Report on malaria in the Punjab during the year ...  together with an account of the work of the Punjab Malaria Bureau - Volume 5
Disease focus: Malaria
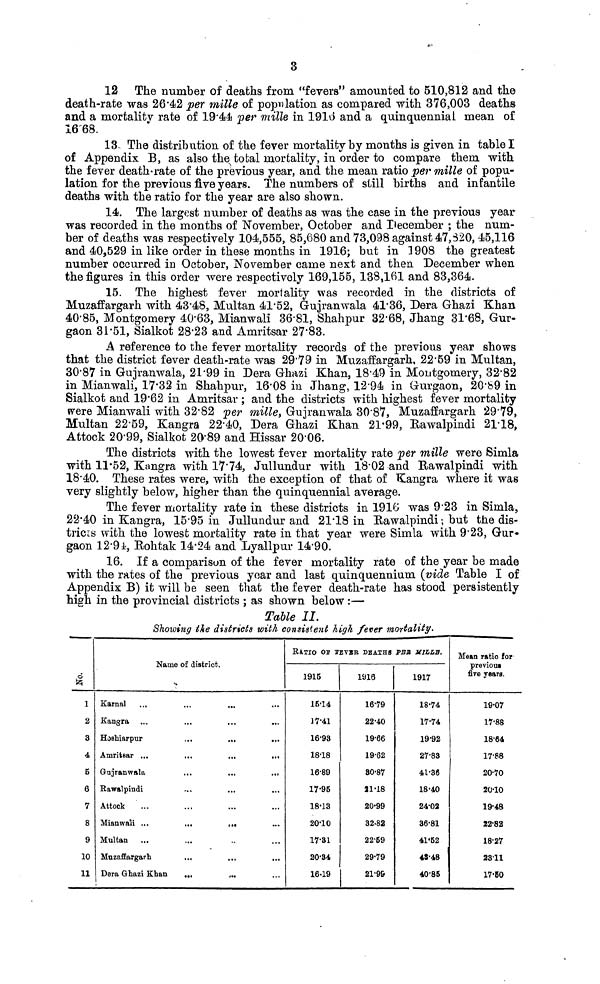
12 The number of deaths from "fevers" amounted to 510,812 and the
death-rate was 26.42 per mille of population as compared with 376,003 deaths
and a mortality rate of 19.44 per mille in 1916 and a quinquennial mean of
1668.
13.. The distribution of the fever mortality by months is given in table I
of Appendix B, as also the total mortality, in order to compare them with
the fever death-rate of the previous year, and the mean ratio per mille of popu-
lation for the previous five years. The numbers of still births and infantile
deaths with the ratio for the year are also shown.
14. The largest number of deaths as was the case in the previous year
was recorded in the months of November, October and December ; the num-
ber of deaths was respectively 104,555, 85,680 and 73,098 against 47,320, 45,116
and 40,529 in like order in these months in 1916; but in 1908 the greatest
number occurred in October, November came next and then December when
the figures in this order were respectively 169,155, 138,161 and 83,364.
15. The highest fever mortality was recorded in the districts of
Muzaffargarh with 43.48, Multan 41.52, Gujranwala 41.36, Dera Ghazi Khan
40.85, Montgomery 40.63, Mianwali 36.81, Shahpur 32.68, Jhang 31.68, Gur-
gaon 31.51, Sialkot 28.23 and Amritsar 27.83.
A reference to the fever mortality records of the previous year shows
that the district fever death-rate was 29.79 in Muzaffargarh, 22.59 in Multan,
30.87 in Gujranwala, 21.99 in Dera Ghazi Khan, 18.49 in Montgomery, 32.82
in Mianwali, 17.32 in Shahpur, 16.08 in Jhang, 1294 in Gurgaon, 20.89 in
Sialkot and 19.62 in Amritsar ; and the districts with highest fever mortality
were Mianwali with 32.82 per mille, Gujranwala 30.87, Muzaffargarh 29.79,
Multan 22.59, Kangra 22.40, Dera Ghazi Khan 21.99, Rawalpindi 21.18,
Attock 20.99, Sialkot 20.89 and Hissar 20.06.
The districts with the lowest fever mortality rate per mille were Simla
with 11.52, Kangra with 17.74, Jullundur with 18.02 and Rawalpindi with
18.40. These rates were, with the exception of that of Kangra where it was
very slightly below, higher than the quinquennial average.
The fever mortality rate in these districts in 1916 was 9.23 in Simla,
22.40 in Kangra, 15.95 in Jullundur and 21.18 in Rawalpindi ; but the dis-
trics with the lowest mortality rate in that year were Simla with 9.23, Gur-
gaon 12.94, Rohtak 14.24 and Lyallpur 14.90.
16. If a comparison of the fever mortality rate of the year be made
with the rates of the previous year and last quinquennium (vide Table I of
Appendix B) it will be seen that the fever death-rate has stood persistently
high in the provincial districts ; as shown below :—
Table 11.
Showing the districts with consistent high fever mortality.
2
3
4
5
6
7
8
9
10
11
Name of district.
Karnal
..
...
...
Kangra ...
...
...
...
Hoshiarpur
,..
.,,
...
Amritsar ...
Gujranwala
...
...
...
Rawalpindi
Attock
Mianwali ...
...
,.,
Multan
Muzaffargarh
...
...
...
Dera Ghazi Khan
...
RATIO OF LEVER DEATHS
1915
1514
17.41
16.93
18.18
16.89
17.95
18.13
20.10
17.31
20.34
16.19
1916
16.79
22-40
19.66
19.62
30.87
21.18
20.99
32.82
22..69
29.79
21.99
PBS M1LLD.
1917
18.74
17.74
19.92
27.83
41.36
18.40
24.02
36.81
41.62
48.48
40.85
Mean ratio for
previous
five years.
19.07
17.88
18-64
17.88
20.70
20.10
19.48
22.82
18.27
2311
17.50